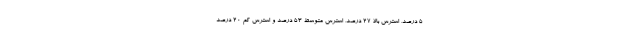
۵ درصد، استرس بالا ۲۷ درصد، استرس متوسط ۵۳ درصد و استرس کم ۲۰ درصد